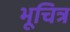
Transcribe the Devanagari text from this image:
भूचित्र